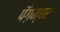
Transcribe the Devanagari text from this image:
पॅग़म्बर